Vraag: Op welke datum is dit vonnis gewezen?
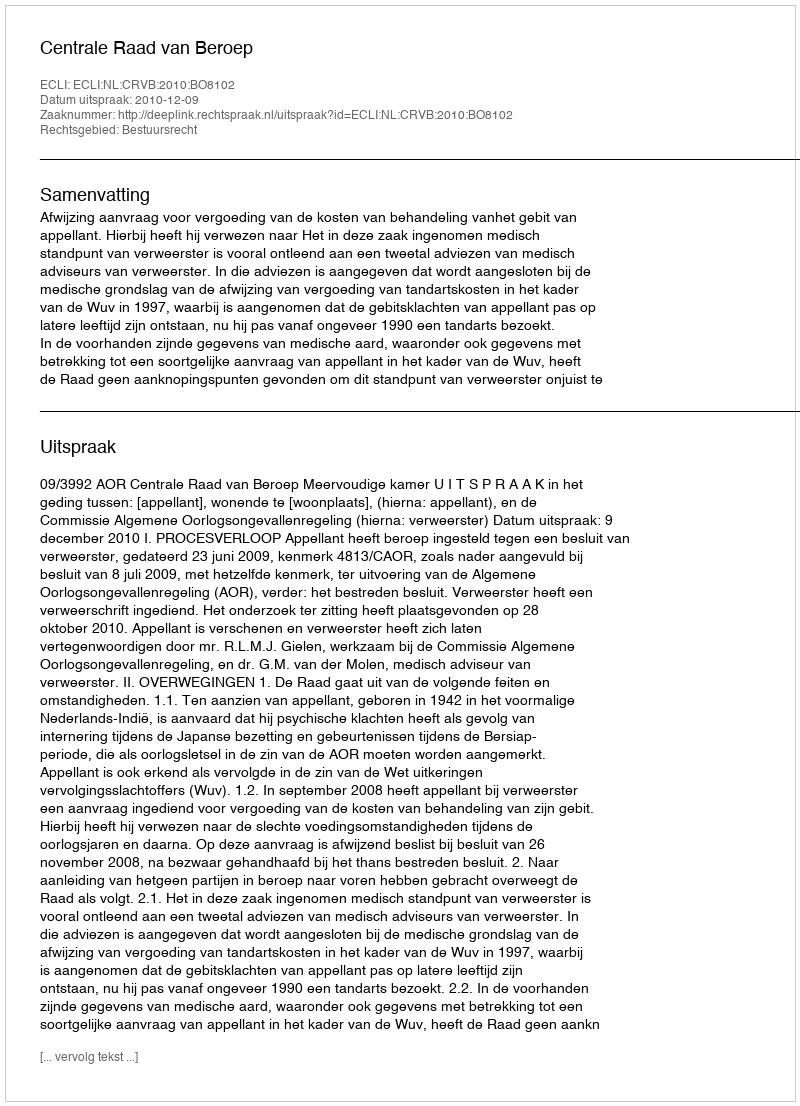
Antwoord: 2010-12-09